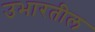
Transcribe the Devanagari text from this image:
उभारतील